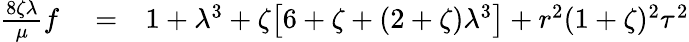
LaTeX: \begin{array}{rlr}{\frac{8\zeta\lambda}{\mu}f}&{{}=}&{1+\lambda^{3}+\zeta\big[6+\zeta+(2+\zeta)\lambda^{3}\big]+r^{2}(1+\zeta)^{2}\tau^{2}}\end{array}